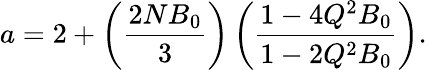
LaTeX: a=2+\left(\frac{2NB_{0}}{3}\right)\left(\frac{1-4Q^{2}B_{0}}{1-2Q^{2}B_{0}}\right).